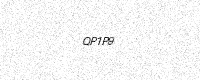
Text: QP1P9